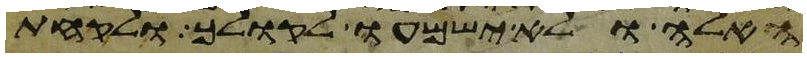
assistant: האלה ולא ישמעו לקולך ולקחת